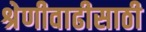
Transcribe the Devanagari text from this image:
श्रेणीवाढीसाठी